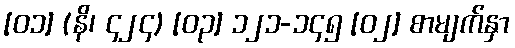
[၀၁] (နိ၊ ၄၂၄) [၀၃] ၁၂၁-၁၄၅ [၀၂] စာမျက်နှာ